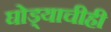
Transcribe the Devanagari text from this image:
घोड्याचीही